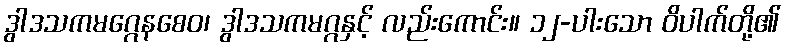
ဒွါဒသကမဂ္ဂေနစေဝ၊ ဒွါဒသကမဂ္ဂနှင့် လည်းကောင်း။ ၁၂-ပါးသော ဝိပါက်တို့၏